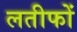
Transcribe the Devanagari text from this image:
लतीफों